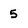
Character: 5